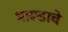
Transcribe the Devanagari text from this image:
भारूडाचे